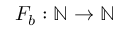
F _ { b } : \mathbb { N } \rightarrow \mathbb { N }